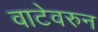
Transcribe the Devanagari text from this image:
वाटेवरुन